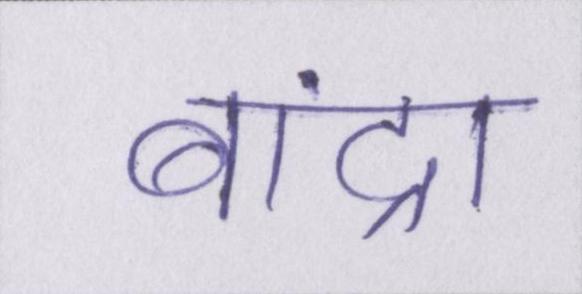
बांद्रा